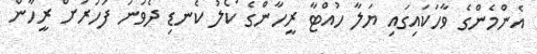
އެންމެންގެ ވާހަކައިގައި ޔަލާ ހުއްޓާ ރީހާންގެ ކޯލު ކެނޑި ދެވަނަ ފަހަރަށް ރީހާން